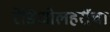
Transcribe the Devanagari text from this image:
रेडिओलहरींचा